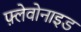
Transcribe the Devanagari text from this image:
फ़्लेवोनाइड